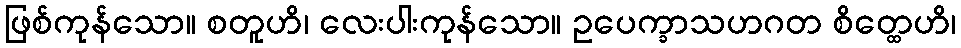
ဖြစ်ကုန်သော။ စတူဟိ၊ လေးပါးကုန်သော။ ဥပေက္ခာသဟဂတ စိတ္ထေဟိ၊